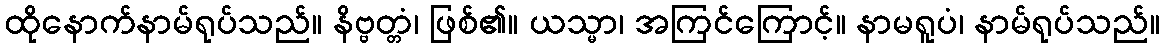
ထိုနောက်နာမ်ရုပ်သည်။ နိဗ္ဗတ္တံ၊ ဖြစ်၏။ ယသ္မာ၊ အကြင်ကြောင့်။ နာမရူပံ၊ နာမ်ရုပ်သည်။